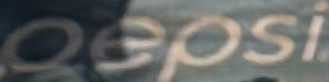
Pepsi